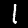
Label: 1